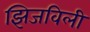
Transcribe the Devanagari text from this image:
झिजविली